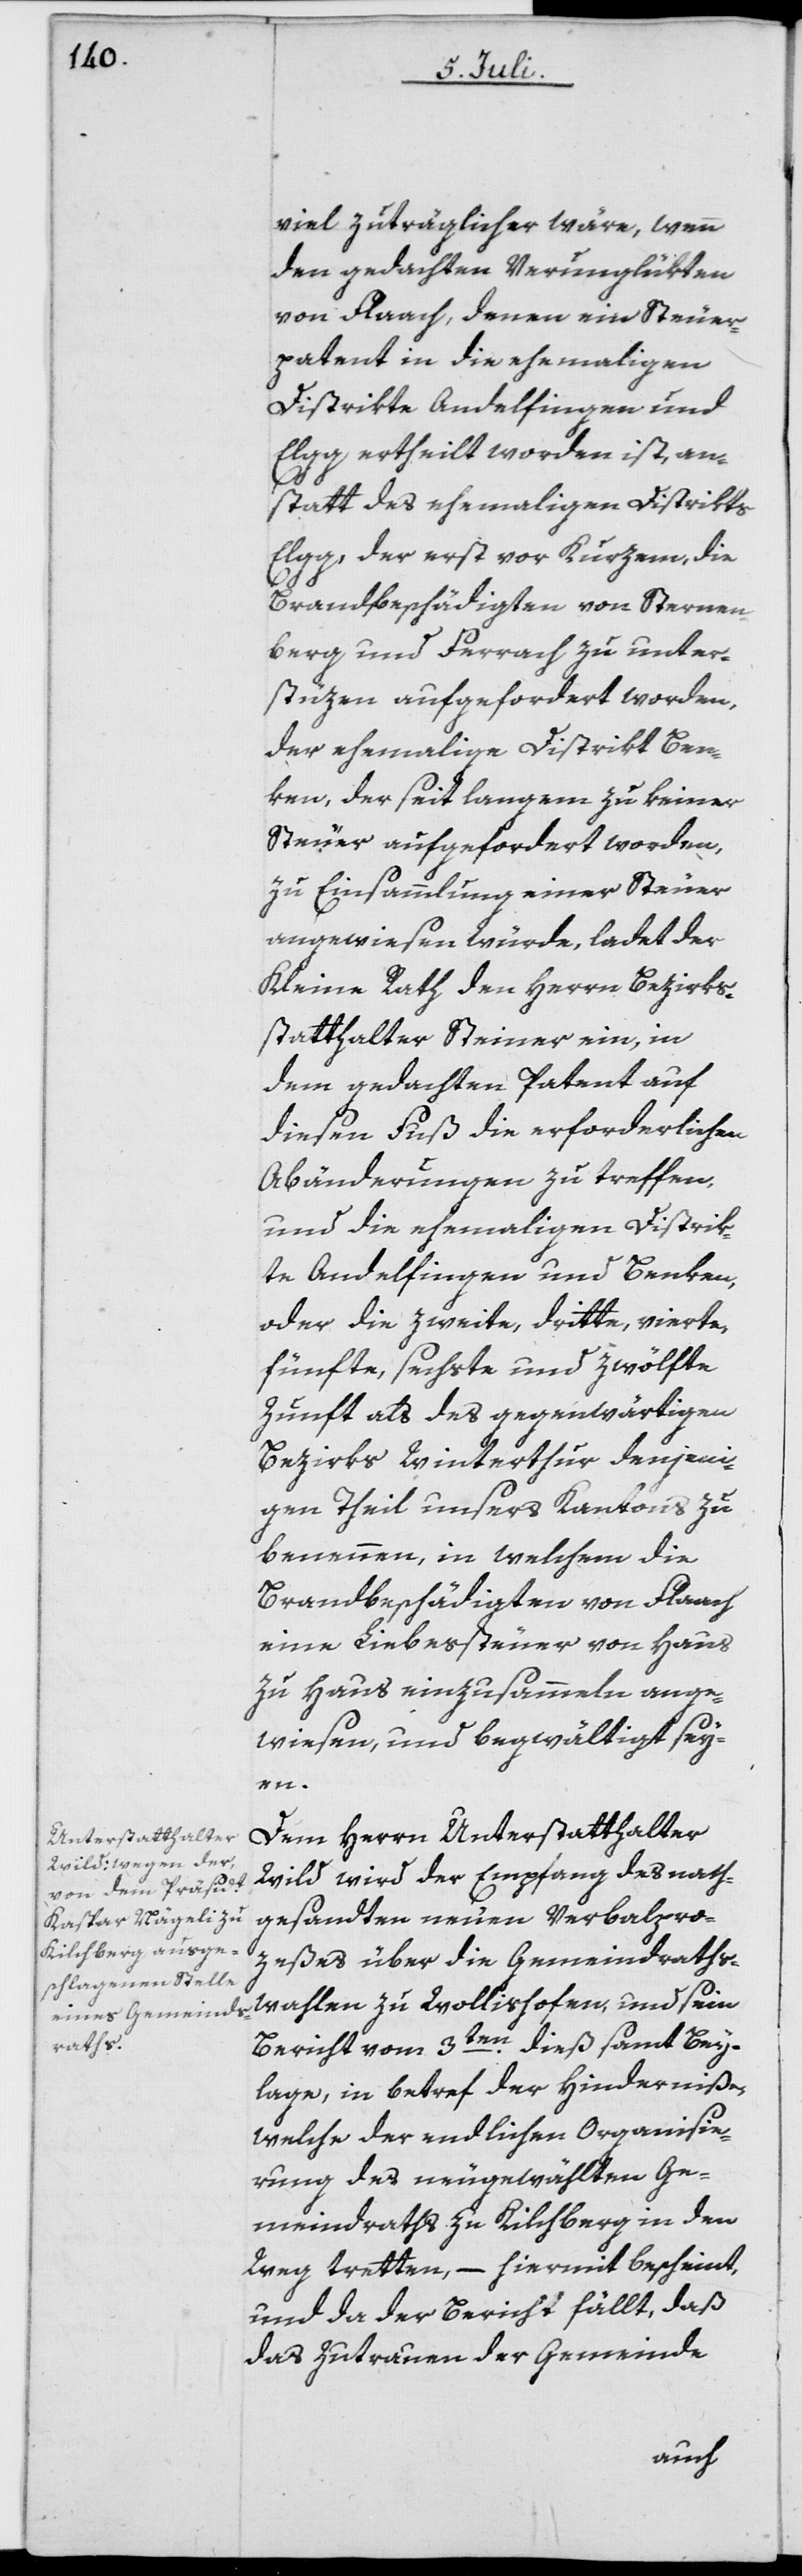
zuträglicher wäre, wenn
den gedachten Verunglükten
von Flaach, denen ein Steuer¬
patent in die ehemaligen
Distrikts Andelfingen und
Elgg erteilt worden ist, an¬
statt des ehemaligen Distrikts
Elgg, der erst vor kurzem, die
Brandbeschädigten von Sternen¬
berg und Ferrach zu unter¬
stüzen aufgefordert worden,
der ehemalige Distrikt Ben¬
ken, der seit langem zu keiner
Steuer aufgefordert worden,
zu Einsammlung einer Steuer
angewiesen würde, ladet der
Kleine Rath den Herrn Bezirks¬
statthalter Steiner ein, in
dem gedachten Patent auf
diesen Fuss die erforderlichen
Abänderungen zu treffen,
und die ehemaligen Distrik¬
te Andelfingen und Benken,
oder die zweite, dritte, vierte,
fünfte, sechste und zwölfte
Zunft als des gegenwärtigen
Bezirks Winterthur denjeni¬
gen Theil unsers Kantons zu
benennen, in welchem die
Brandbeschädigten von Flaach
eine Liebeßteuer von Haus
zu Haus einzusammeln ange¬
wiesen, und begwältigt sey¬
en.
Dem Herrn Unterstatthalter
Wild wird der Empfang des nach¬
gesandten neuen Verbalpro¬
zeßes über die Gemeindraths¬
wahlen zu Wollishofen, und sein
Bericht vom 3ten dieß samt Bey¬
lage, in betref der Hinderniße,
welche der endlichen Organisie¬
rung des neugewählten Ge¬
meindraths zu Kilchberg in den
Weg tretten, – hiemit bescheint,
und da der Bericht fällt, daß
das Zutrauen der Gemeinde